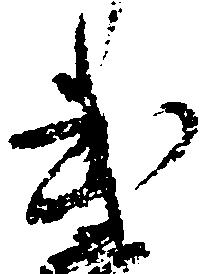
武